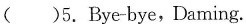
()5.Bye-bye,Daming.